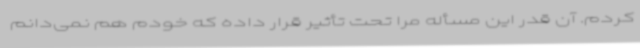
کردم. آن‌ قدر این مسأله مرا تحت‌ تأثیر قرار داده که خودم هم نمی‌دانم